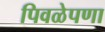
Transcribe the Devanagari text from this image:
पिवळेपणा